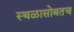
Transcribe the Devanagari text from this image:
स्थळासोबतच